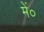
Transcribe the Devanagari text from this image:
में०